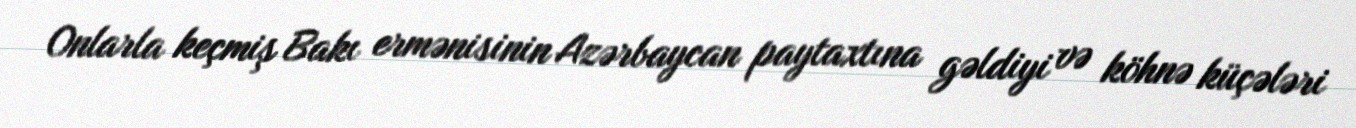
Onlarla keçmiş Bakı ermənisinin Azərbaycan paytaxtına gəldiyi və köhnə küçələri